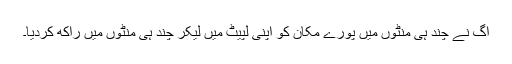
آگ نے چند ہی منٹوں میں پورے مکان کو اپنی لپیٹ میں لیکر چند ہی منٹوں میں راکھ کردیا۔